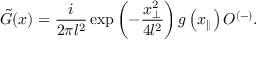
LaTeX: \tilde { G } ( x ) = \frac { i } { 2 \pi l ^ { 2 } } \exp \left( - \frac { x _ { \perp } ^ { 2 } } { 4 l ^ { 2 } } \right) g \left( x _ { \parallel } \right) O ^ { ( - ) } .